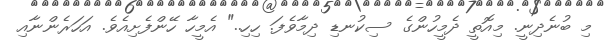
މި ބުނެދިނީ. މިއޮތީ ދެމީހުންގެ ސިކުނޑި ދިމާވެފަ. ހިހި.." އެމީހާ ހޭންފެށިއެވެ. އަހަރެންނާއި